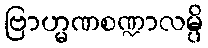
ဗြာဟ္မဏစဏ္ဍာလမ္ပိ